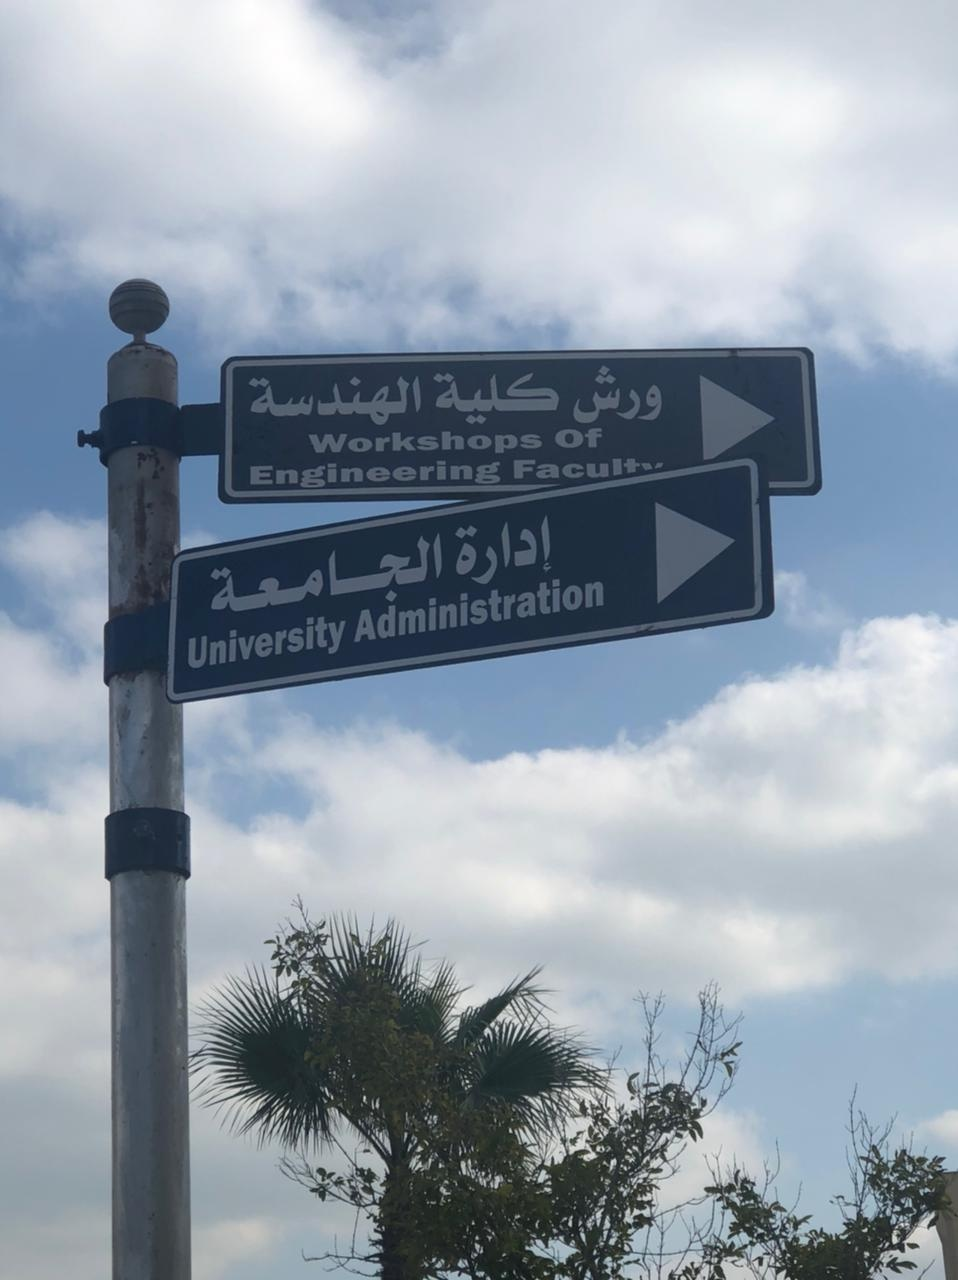
Text in image: كلية ورش الهندسة إدارة الجامعة of Workshops Engineering Administration University